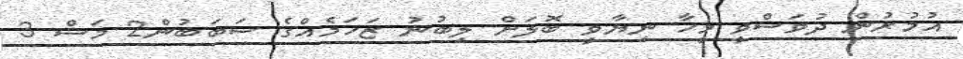
އުމުރުން ދުވަސްވީ މީހާ ނިޔާވީ ބޮލަށް ލިބުނު ޒަހަމެއްގެ ސަބަބުން2 މަސް 3